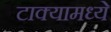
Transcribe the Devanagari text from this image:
टाक्यामध्ये